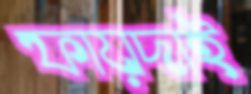
ফায়দাই